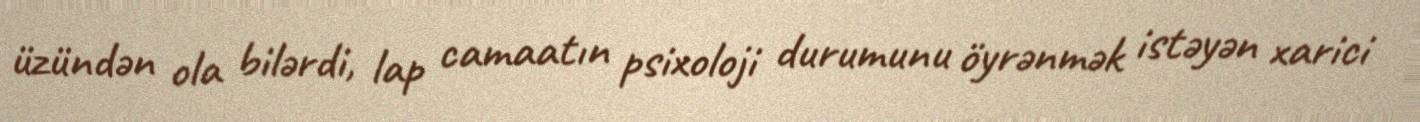
üzündən ola bilərdi, lap camaatın psixoloji durumunu öyrənmək istəyən xarici